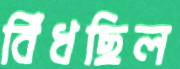
বিঁধছিল